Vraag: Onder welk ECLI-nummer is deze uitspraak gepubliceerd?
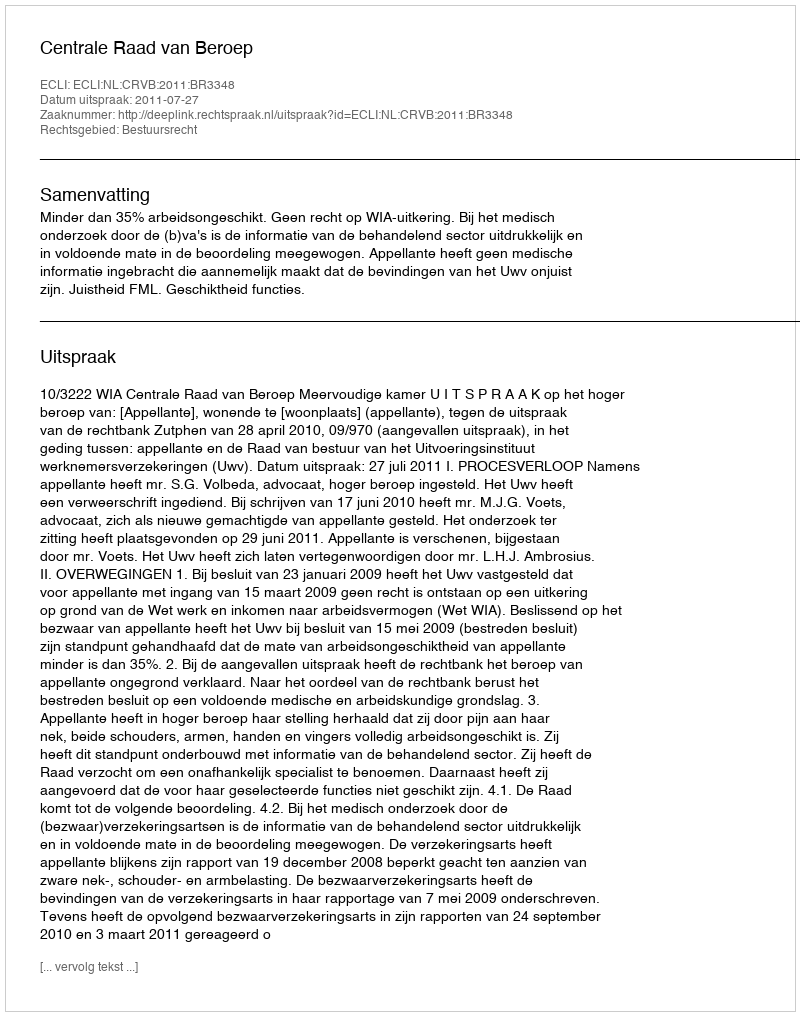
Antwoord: ECLI:NL:CRVB:2011:BR3348